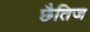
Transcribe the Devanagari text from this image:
छैतिज